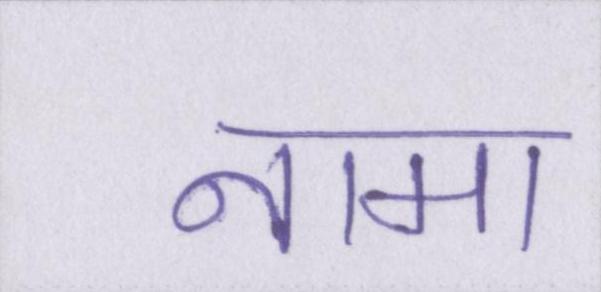
नामा